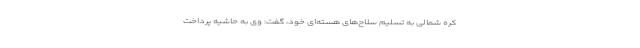
کره شمالی به تسلیم سلاح‌های هسته‌ای خود، گفت: وی به حاشیه‌ پرداخت